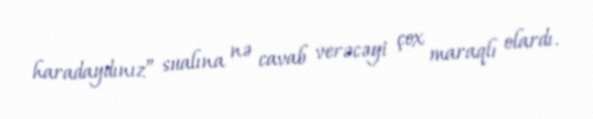
haradaydınız” sualına nə cavab verəcəyi çox maraqlı olardı.